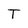
Character: T